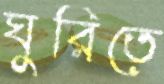
ঘুরিতে